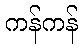
ကန်ကန်